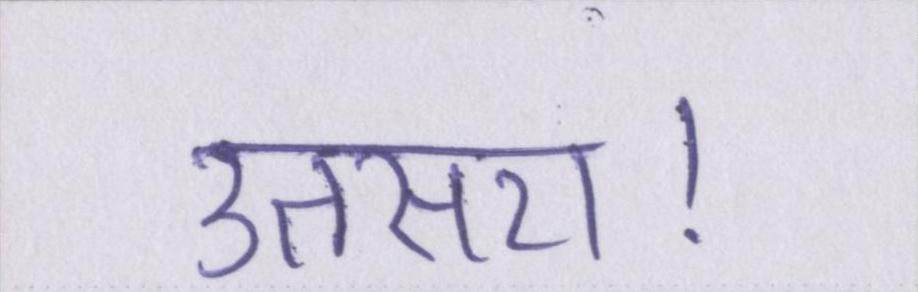
उतसरा।